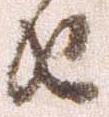
由